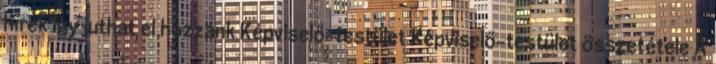
hírek Így juthat el hozzánk Képviselő-testület Képviselő-testület összetétele A